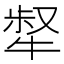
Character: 𤚜